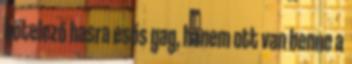
kötelező hasra esős gag, hanem ott van benne a